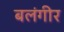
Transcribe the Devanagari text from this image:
बलंगीर